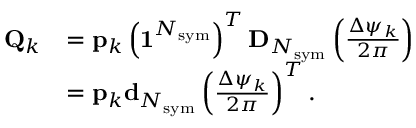
\begin{array} { r l } { \mathbf { Q } _ { k } } & { = \mathbf { p } _ { k } \left( \mathbf { 1 } ^ { N _ { \mathrm { s y m } } } \right) ^ { T } \mathbf { D } _ { N _ { \mathrm { s y m } } } \left( \frac { \Delta \psi _ { k } } { 2 \pi } \right) } \\ & { = \mathbf { p } _ { k } \mathbf { d } _ { N _ { \mathrm { s y m } } } \left( \frac { \Delta \psi _ { k } } { 2 \pi } \right) ^ { T } . } \end{array}